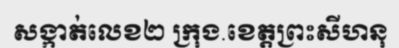
សង្កាត់លេខ២ ក្រុង.ខេត្តព្រះសីហនុ